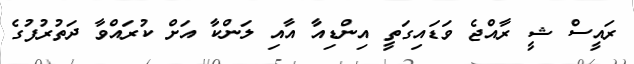
ރައީސް ޝީ ރާއްޖެ ވަޑައިގަތީ އިންޑިއާ އާއި ލަންކާ އަށް ކުރައްވާ ދަތުރުފުުގެ